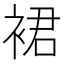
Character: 裙